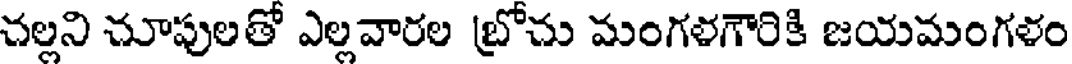
చల్లని చూపులతో ఎల్లవారల బ్రోచు మంగళగౌరికి జయమంగళం